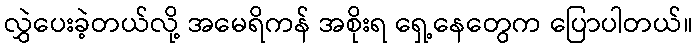
လွှဲပေးခဲ့တယ်လို့ အမေရိကန် အစိုးရ ရှေ့နေတွေက ပြောပါတယ်။